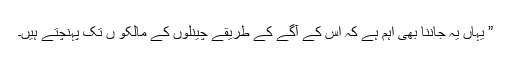
” یہاں یہ جاننا بھی اہم ہے کہ اس کے آگے کے طریقے چینلوں کے مالکو ں تک پہنچتے ہیں۔